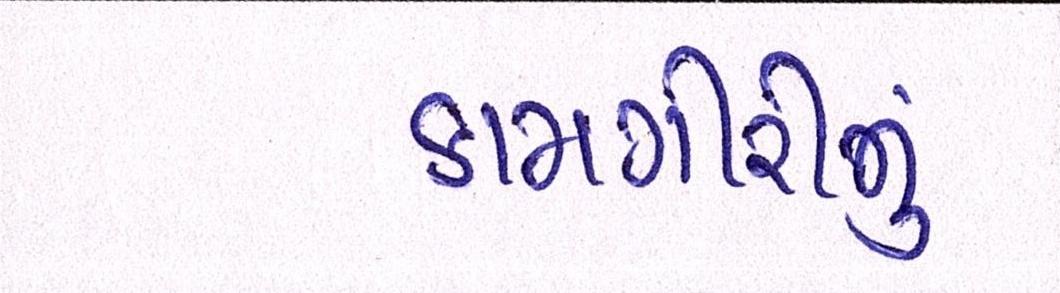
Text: કામગીરીનું